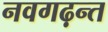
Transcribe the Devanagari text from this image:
नवगढ़न्त